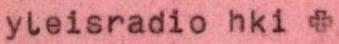
yleisradio hki +